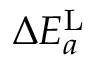
\Delta E _ { a } ^ { \mathrm { L } }